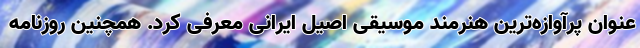
عنوان پرآوازه‌ترین هنرمند موسیقی اصیل ایرانی معرفی کرد. همچنین روزنامه